NAE_kihelkonnakohtute_kirjad_ja_protokollid_1869-1889, lk 6
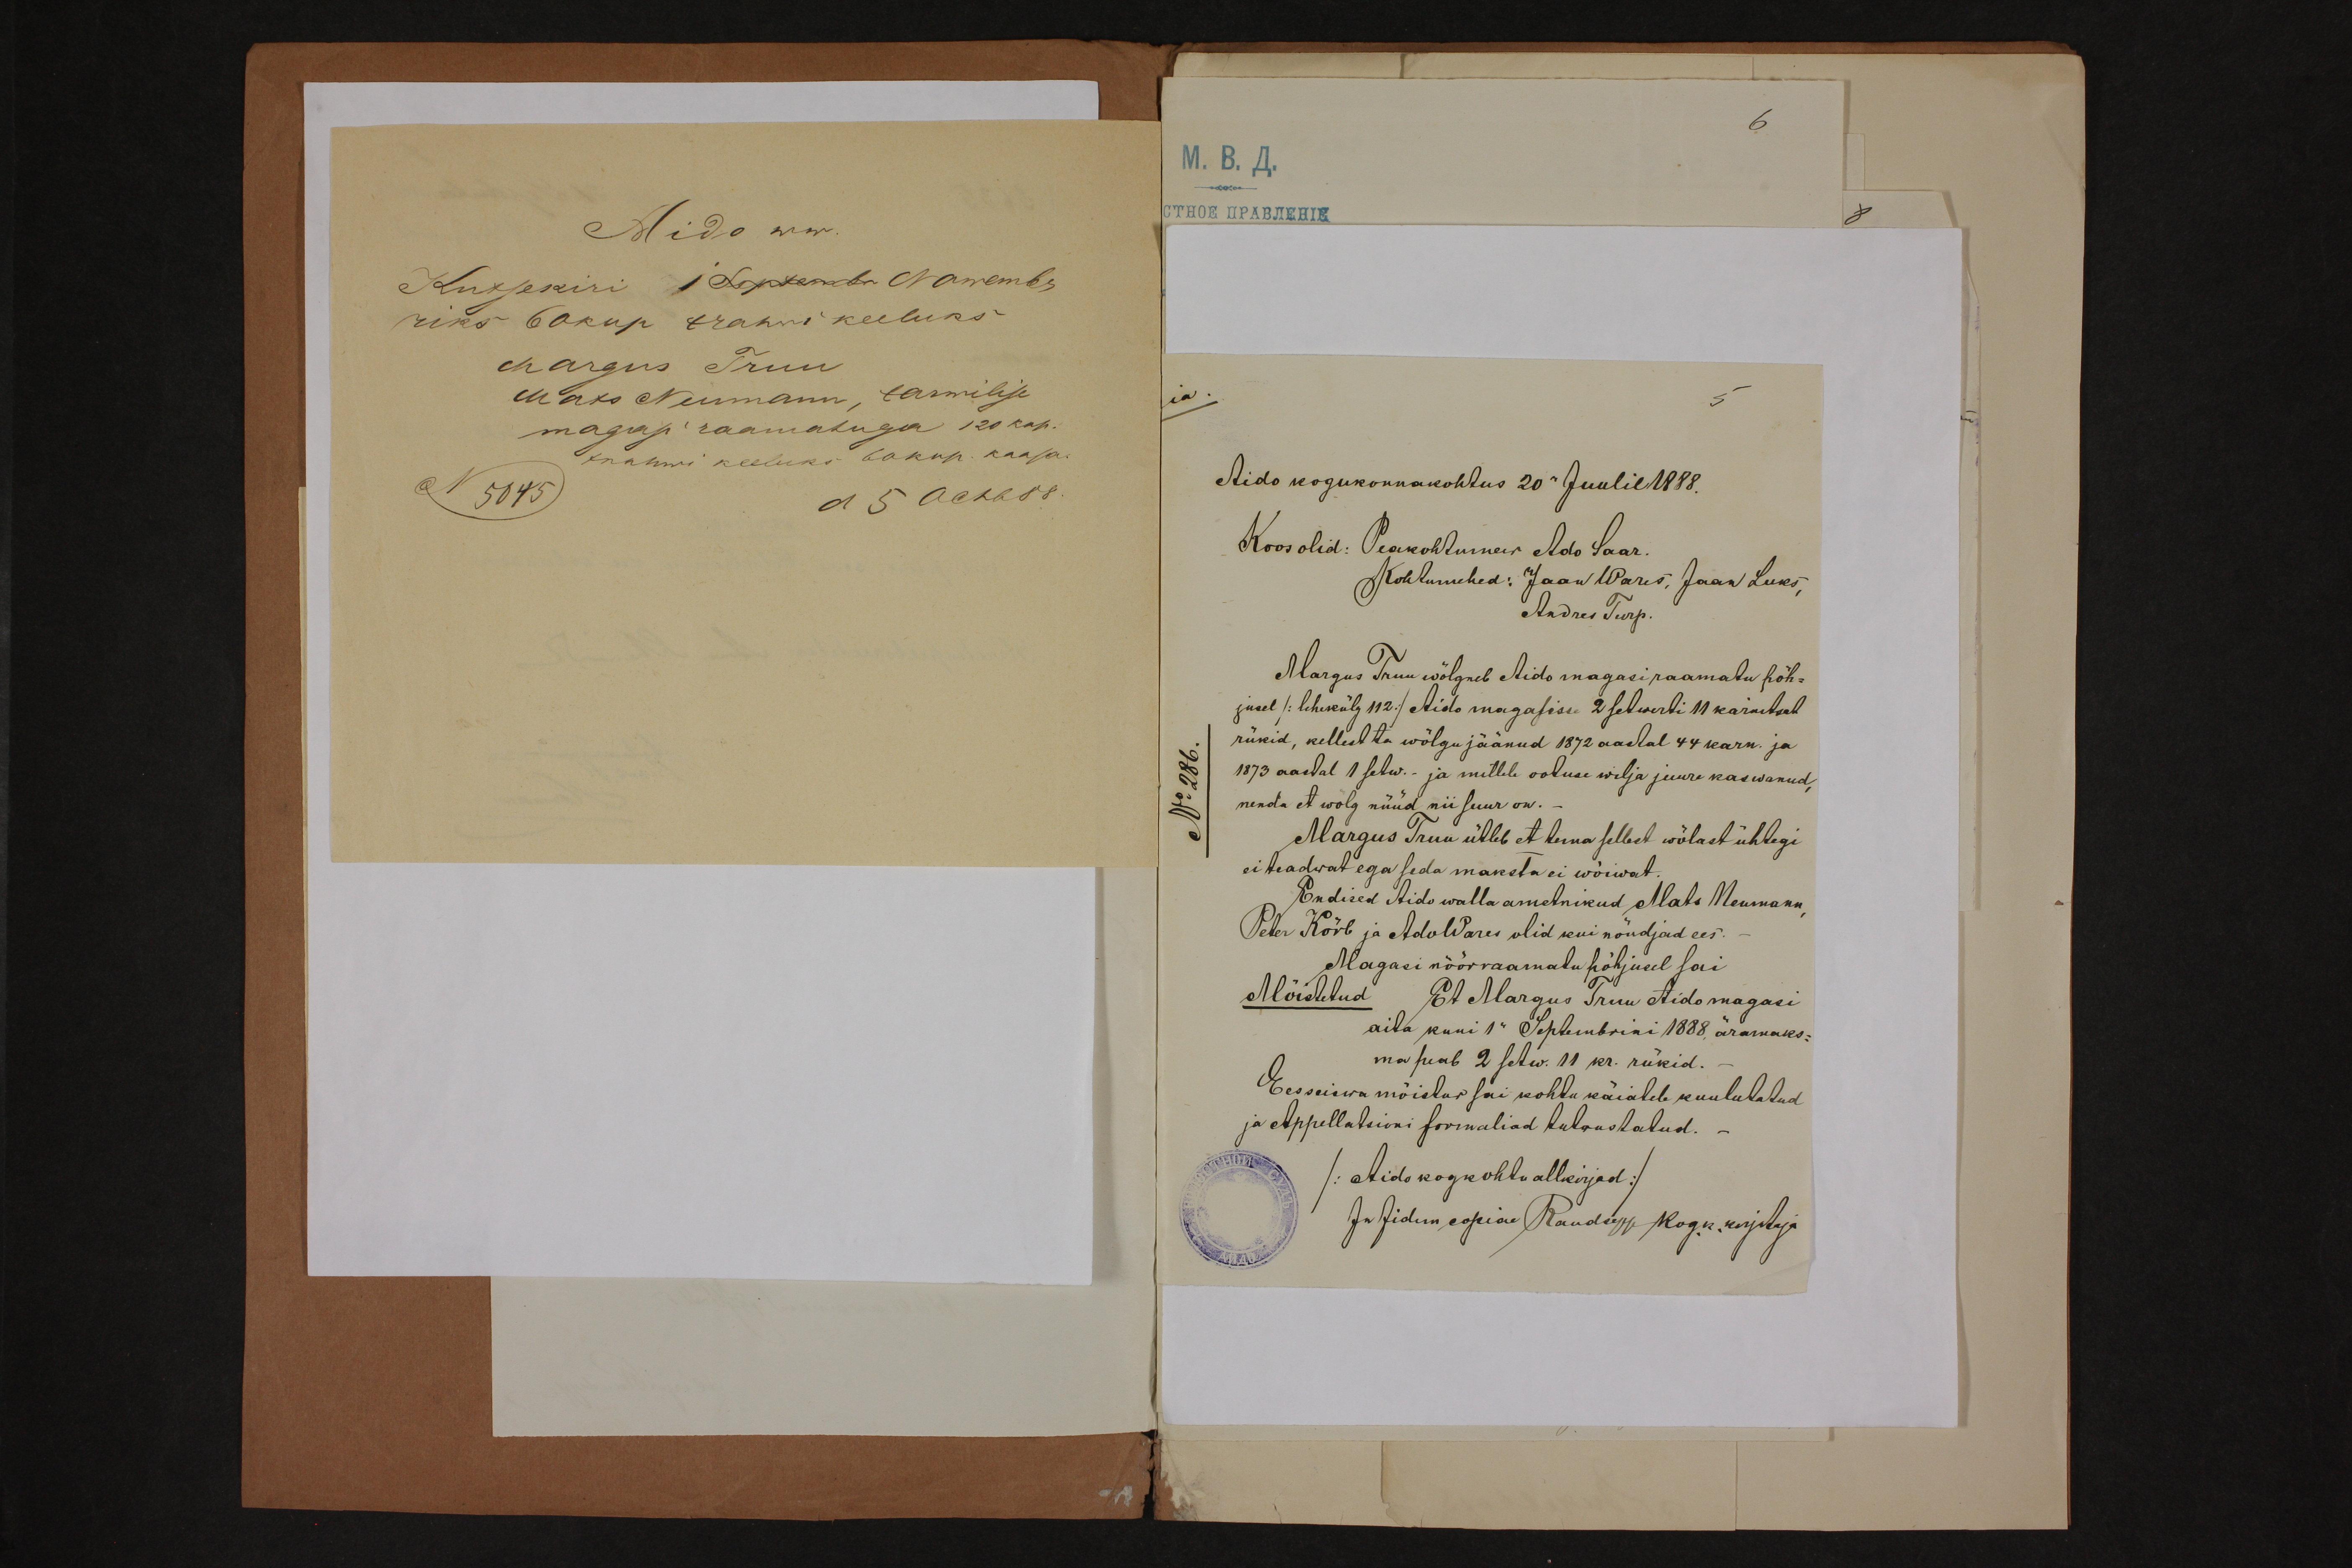
Aido ww.
Kutsekiri 1 Septembr Nowembr
riks 60kop trahwi keeluks
Margus Truu
Maks Neumann, tarwilise
magasi raamatuga 120 kop.
trahwi keeluks 60 kop. kaasa.
N 5045

Aido kogukonnakohtus 20" Juulil 1888.
Koos olid: Peakohtumees Ado Saar
Margus Truu wõlgneb Aido magasiraamatu põh-
jusel / lehekülg 112./ Aido magasisse 2 setwerti 11 karnitsat
rükid, kellest ta wõlgu jäänud 1872 aastal 44 karn. ja
1873 aastal 1 setw.- ja millele ootuse wilja juure kaewanud,
nenda et wolg nüüd nii suur on.-
Margus Truu ütleb et tema sellest wõlast ühtegi
ei teadwat ega seda maksta ei wõiwat.
Endised Aido walla ametnikud Mats Neumann,
Peter Kõrb ja Ado Wares olid kui nõudjad ees.
Magasi nöörraamatu põhjusel sai
Mõistetud Et Margus Truu Aido magasi
aita kuni 1" Septembrini 1888, äramaks-
ma saab 2 setw. 11 kr. rükid.
Eesseiswa mõistus sai kohtu käiatele kuulutatud
ja Appellatsioni formaliad tutwustatud.